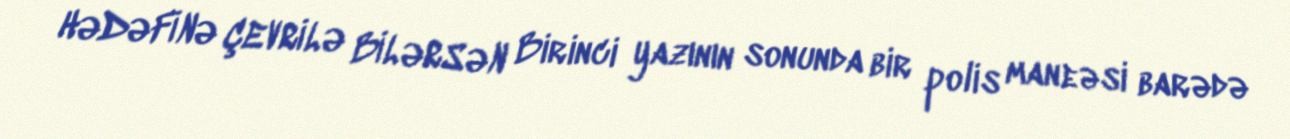
HƏDƏFİNƏ ÇEVRİLƏ BİLƏRSƏN Birinci yazının sonunda bir polis maneəsi barədə